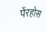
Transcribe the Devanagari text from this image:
पेंरहोस